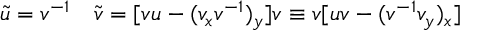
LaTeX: \tilde { u } = v ^ { - 1 } \quad \tilde { v } = [ v u - ( v _ { x } v ^ { - 1 } ) _ { y } ] v \equiv v [ u v - ( v ^ { - 1 } v _ { y } ) _ { x } ]